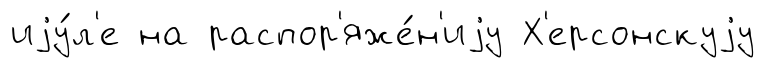
иjу́л'е на распор'яже́н'иjу Х'ерсонскуjу